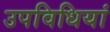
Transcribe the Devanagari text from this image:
उपविधियां